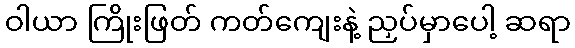
ဝါယာ ကြိုးဖြတ် ကတ်ကျေးနဲ့ ညှပ်မှာပေါ့ ဆရာ